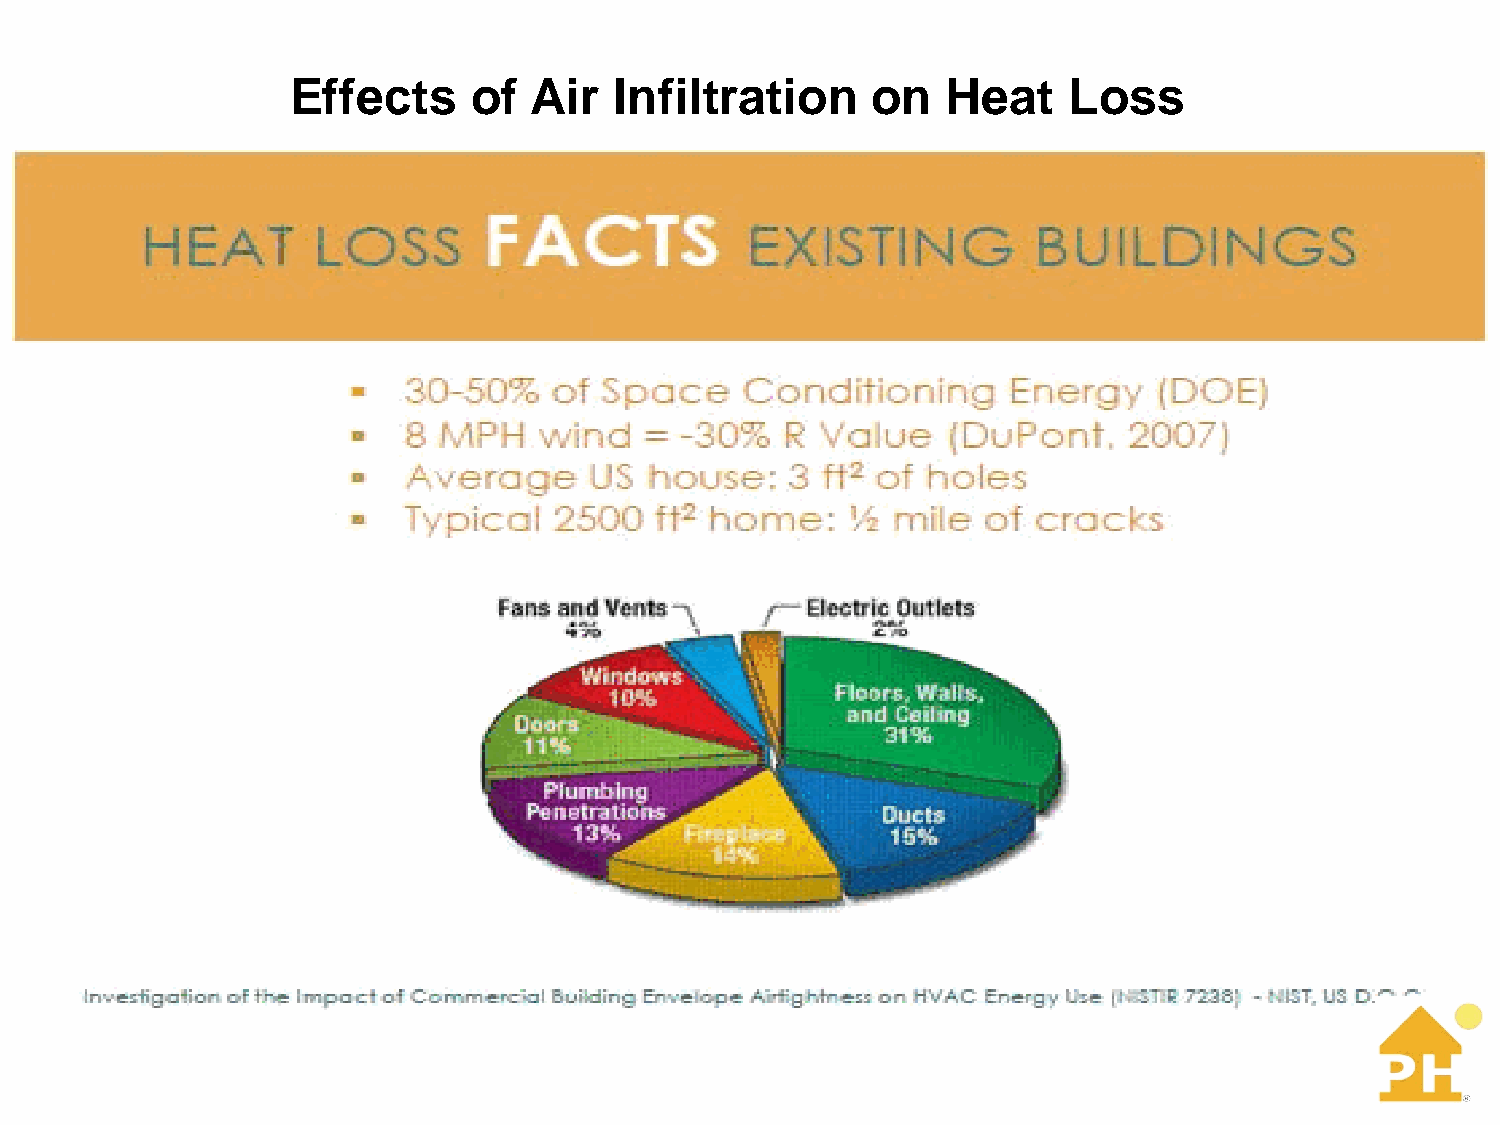
Effects     of  Air   Infiltration     on   Heat    Loss